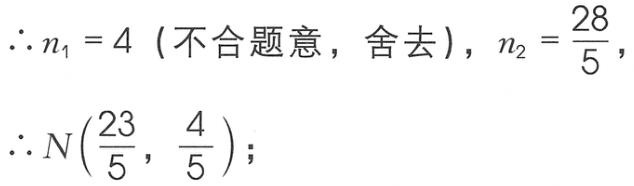
\(\therefore n_{1}=4 \text{ (不合题意，舍去)}, n_{2}=\frac{28}{5},\)
\(\therefore N(\frac{23}{5},\frac{4}{5});\)